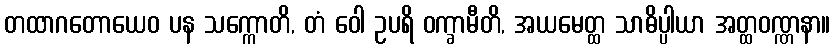
တထာဂတောယေဝ ပန သက္ကောတိ, တံ ဝေါ ဥပရိ ဝက္ခာမီတိ, အယမေတ္ထ သာဓိပ္ပါယာ အတ္ထဝဏ္ဏနာ။